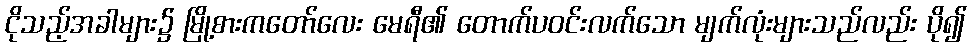
ငိုသည့်အခါများ၌ မြို့စားကတော်လေး မေရီ၏ တောက်ပဝင်းလက်သော မျက်လုံးများသည်လည်း ပို၍